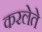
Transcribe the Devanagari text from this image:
करलेते